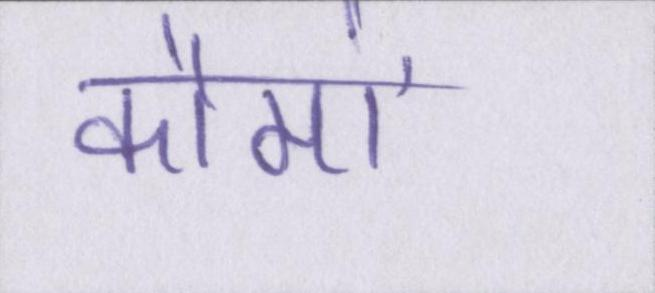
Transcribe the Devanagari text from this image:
कौमों